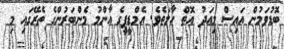
ބޮޑުވަމުން އައިސް މިއަދު އޮތް ހާލަތެވެ. އެމްޑީޕީގެ އާންމު މެންބަރުންގެ ތެރޭގައި މި